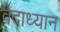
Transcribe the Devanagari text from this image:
वेदाध्यान